Report of the King Institute of Preventive Medicine, Guindy
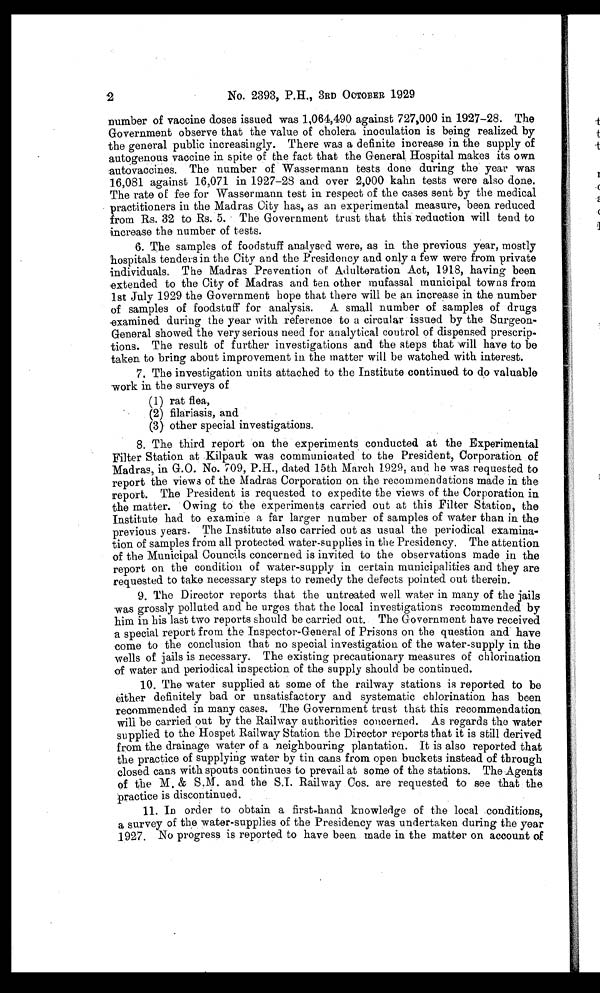
2
No. 2393,
3RD OCTOBER 1929
number of vaccine doses issued was 1,064,490 against 727,000 in 1927-28. The
Government observe that the value of cholera inoculation is being realized by
the general public increasingly. There was a definite increase in the supply of
autogenous vaccine in spite of the fact that the General Hospital makes its own
autovaccines. The number of Wassermann tests done during the year was
16,081 against 16,071 in 1927-23 and over 2,000 kahn tests were also done.
The rate of fee for Wassermann test in respect of the cases sent by the medical
practitioners in the Madras City has, as an experimental measure, been reduced
from Rs. 32 to Rs. 5. The Government trust that this reduction will tend to
increase the number of tests.
6. The samples of foodstuff analysed were, as in the previous year, mostly
hospitals tenders in the City and the Presidency and only a few were from private
individuals. The Madras Prevention of Adulteration Act, 1918, having been
extended to the City of Madras and ten other mufassal municipal towns from
1st July 1929 the Government hope that there will be an increase in the number
of samples of foodstuff for analysis. A small number of samples of drugs
examined during the year with reference to a circular issued by the Surgeon-
General showed the very serious need for analytical control of dispensed prescrip-
tions. The result of further investigations and the steps that will have to be
taken to bring about improvement in the matter will be watched with interest.
7. The investigation units attached to the Institute continued to do valuable
work in the surveys of
(1) rat flea,
(2) filariasis, and
(3) other special investigations.
8. The third report on the experiments conducted at the Experimental
Filter Station at Kilpauk was communicated to the President, Corporation of
Madras, in G.O. No. 709, P.H., dated 15th March 1929, and he was requested to
report the views of the Madras Corporation on the recommendations made in the
report. The President is requested to expedite the views of the Corporation in
the matter. Owing to the experiments carried out at this Filter Station, the
Institute had to examine a far larger number of samples of water than in the
previous years. The Institute also carried out as usual the periodical examina-
tion of samples from all protected water-supplies in the Presidency. The attention
of the Municipal Councils concerned is invited to the observations made in the
report on the condition of water-supply in certain municipalities and they are
requested to take necessary steps to remedy the defects pointed out therein.
9. The Director reports that the untreated well water in many of the jails
was grossly polluted and he urges that the local investigations recommended by
him in his last two reports should be carried out. The Government have received
a special report from the Inspector-General of Prisons on the question and have
come to the conclusion that no special investigation of the water-supply in the
wells of jails is necessary. The existing precautionary measures of chlorination
of water and periodical inspection of the supply should be continued.
10. The water supplied at some of the railway stations is reported to be
either definitely bad or unsatisfactory and systematic chlorination has been
recommended in many cases. The Government trust that this recommendation
will be carried out by the Railway authorities concerned. As regards the water
supplied to the Hospet Railway Station the Director reports that it is still derived
from the drainage water of a neighbouring plantation. It is also reported that
the practice of supplying water by tin cans from open buckets instead of through
closed cans with spouts continues to prevail at some of the stations. The Agents
of the M. & S.M. and the S.I. Railway Cos. are requested to see that the
practice is discontinued.
11. In order to obtain a first-hand knowledge of the local conditions,
a survey of the water-supplies of the Presidency was undertaken during the year
1927. No progress is reported to have been made in the matter on account of